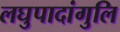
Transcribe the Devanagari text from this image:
लघुपादांगुलि